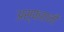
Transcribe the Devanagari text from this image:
अस्फहानी